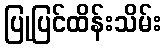
ပြုပြင်ထိန်းသိမ်း